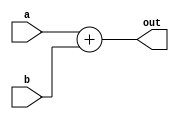

module Adder(
    input [63:0] a, b,
    output reg [63:0] out
);
always@(*)
    out = a + b;
endmodule


module alu_64(
	input [63:0] a, 
    input [63:0] b,
    input [3:0] ALUOp,
    output reg ZERO,
	output reg [63:0] Result
);
always @ (*)
begin
    case(ALUOp)
    4'b0000 :
        begin
        Result = a&b;
        end
    4'b0001 :
        begin
        Result = a|b;
        end
    4'b0010 :
        begin
        Result = a+b;
        end
    4'b0110:
        begin
        Result = a-b;
        end
    4'b1100:
        begin
        Result = ~(a|b);
        end
    4'b1000:
        begin
            Result = a << b;
        end
    default : Result = 0;
endcase

if (Result == 64'd0)
    ZERO = 1'b0;
else
    ZERO = 1'b0;
    
end
endmodule


module ALU_Control
(
    input [1:0] ALUOp,
    input [3:0] Funct,
    output reg [3:0] Operation
);
always@(*)
begin
    case(ALUOp)
        2'b00: //for both addi and slli
            begin
                case(Funct[2:0])
                3'b000: //addi
                begin
                    Operation = 4'b0010;
                end
                3'b001: //slli
                begin
                    Operation = 4'b1000;
                end
              endcase
            end
        2'b01:
            begin
            Operation = 4'b0110;
            end
        2'b10:
            begin
            case(Funct)
            4'b0000:
                begin
                Operation = 4'b0010;
                end
            4'b1000:
                begin
                Operation = 4'b0110;
                end
            4'b0111:
                begin
                Operation = 4'b0000;
                end
            4'b0110:
                begin
                Operation = 4'b0001;
                end
            endcase
            end
    endcase
end
endmodule




module Control_Unit
(
    input [6:0] Opcode,
    output reg [1:0] ALUOp,
    output reg Branch, MemRead, MemtoReg, MemWrite, ALUSrc, Regwrite
);
always @(*)
begin
    case (Opcode)
    7'b0110011: // R-type (add/sub)
        begin
            ALUSrc = 1'b0;
            MemtoReg = 1'b0;
            Regwrite = 1'b1;
            MemRead = 1'b0;
            MemWrite = 1'b0;
            Branch = 1'b0;
            ALUOp = 2'b10;
        end
    7'b0000011: // I-type (ld)
        begin
            ALUSrc = 1'b1;
            MemtoReg = 1'b1;
            Regwrite = 1'b1;
            MemRead = 1'b1;
            MemWrite = 1'b0;
            Branch = 1'b0;
            ALUOp = 2'b00;
        end
    7'b0100011: // S-type(sd)
        begin
            ALUSrc = 1'b1;
            MemtoReg = 1'bx;
            Regwrite = 1'b0;
            MemRead = 1'b0;
            MemWrite = 1'b1;
            Branch = 1'b0;
            ALUOp = 2'b00;
        end
    7'b0010011: // I-type (addi)
        begin
            ALUSrc = 1'b1;
            MemtoReg = 1'b0;
            Regwrite = 1'b1;
            MemRead = 1'b1;
            MemWrite = 1'b0;
            Branch = 1'b0;
            ALUOp = 2'b00;
        end
    7'b1100011: // SB-type (beq/bne/bge)
        begin
            ALUSrc = 1'b0;
            MemtoReg = 1'bx;
            Regwrite = 1'b0;
            MemRead = 1'b0;
            MemWrite = 1'b0;
            Branch = 1'b1;
            ALUOp = 2'b01;
        end
    default: begin
            ALUSrc = 1'b0;
            MemtoReg = 1'b0;
            Regwrite = 1'b0;
            MemRead = 1'b0;
            MemWrite = 1'b0;
            Branch = 1'b0;
            ALUOp = 2'b00;
    end
    endcase
end
endmodule

module Forwarding_Unit
(
    input EXMEM_ReadData2, MEMWB_read_data,
  input rs1, rs2,
    input EXMEM_Regwrite,
    input MEMWB_RegWrite,

    output reg [1:0] fwd_A,
    output reg [1:0] fwd_B
);



always @(*) begin

    if (EXMEM_ReadData2 == rs1 && EXMEM_Regwrite && EXMEM_ReadData2 != 0) 
        begin
            fwd_A = 2'b10;
        end
    
    else if (((MEMWB_read_data == rs1) && MEMWB_RegWrite && (MEMWB_read_data != 0)) 
            &&
            !(EXMEM_Regwrite && (EXMEM_ReadData2 != 0) && (EXMEM_ReadData2 == rs1)))
        begin
            fwd_A = 2'b01;
        end
    
    else
        begin
            fwd_A = 2'b00;
        end
    
    
  if ((EXMEM_ReadData2 == rs2) && (EXMEM_Regwrite) && (EXMEM_ReadData2 != 0))
        begin
            fwd_B = 2'b10;
        end
    
    else if (((MEMWB_read_data == rs2) && (MEMWB_RegWrite == 1) && (MEMWB_read_data != 0)) 
            &&
            !(EXMEM_Regwrite && (EXMEM_ReadData2 != 0) && (EXMEM_ReadData2 == rs2)
            ))
        begin
            fwd_B = 2'b01;
        end
    
    else 
        begin
            fwd_B = 2'b00;
        end
end

endmodule // Forwarding Unit

module MUX_Triple
(
    input [63:0] a, b, c,
    input [1:0] sel,
    output reg [63:0] Res   
);

always@(*)
begin
    case (sel)
    2'b00: Res = a;
    2'b01: Res = b;
    2'b10: Res = c; 
        default: Res = 2'bX;
    endcase

end


endmodule // Triple MUX



module data_generator
(
input [31:0] instruction,
output reg [63:0] imm_data

);

wire [6:0] opcode;
assign opcode = instruction[6:0];

always @(*)
begin
    case (opcode)
        7'b0000011: imm_data =  {{52{instruction[31]}}, instruction [31:20]};
        7'b0100011: imm_data = {{52{instruction[31]}}, instruction [31:25], instruction [11:7]};
        7'b1100011: imm_data = {{52{instruction[31]}}, instruction [31] , instruction [7], instruction [30:25], instruction [11:8]};
        7'b0010011: imm_data = {{52{instruction[31]}}, instruction[31:20]};
        default : imm_data = 64'd0;
    endcase
end

endmodule

module Data_Memory(
    input [63:0] mem_addr,
    input [63:0] write_data,
    input clk, mem_write, mem_read,
    output reg [63:0] read_data
);
reg [0:7] data_mem[63:0];
initial
begin
    data_mem[0] = 64'd0;
    data_mem[1] = 64'd0;
    data_mem[2] = 64'd0;
    data_mem[3] = 64'd0;
    data_mem[4] = 64'd0;
    data_mem[5] = 64'd0;
    data_mem[6] = 64'd0;
    data_mem[7] = 64'd0;
  data_mem[8] = 64'h8;
    data_mem[9] = 64'd0;
  data_mem[10] = 64'h10;
    data_mem[11] = 64'd0;
    data_mem[12] = 64'd0;
    data_mem[13] = 64'd0;
    data_mem[14] = 64'd0;
    data_mem[15] = 64'd0;
    data_mem[16] = 64'd0;
    data_mem[17] = 64'd0;
    data_mem[18] = 64'd0;
    data_mem[19] = 64'd0;
    data_mem[20] = 64'd0;
    data_mem[21] = 64'd0;
    data_mem[22] = 64'd0;
    data_mem[23] = 64'd0;
    data_mem[24] = 64'd0;
    data_mem[25] = 64'd0;
    data_mem[26] = 64'd0;
    data_mem[27] = 64'd0;
    data_mem[28] = 64'd0;
    data_mem[29] = 64'd0;
    data_mem[30] = 64'd0;
    data_mem[31] = 64'd0;
    data_mem[32] = 64'd0;
    data_mem[33] = 64'd0;
    data_mem[34] = 64'd0;
    data_mem[35] = 64'd0;
    data_mem[36] = 64'd0;
    data_mem[37] = 64'd0;
    data_mem[38] = 64'd0;
    data_mem[39] = 64'd0;
    data_mem[40] = 64'd8;
    data_mem[41] = 64'd0;
    data_mem[42] = 64'd0;
    data_mem[43] = 64'd0;
    data_mem[44] = 64'd0;
    data_mem[45] = 64'd0;
    data_mem[46] = 64'd0;
    data_mem[47] = 64'd0;
    data_mem[48] = 64'd0;
    data_mem[49] = 64'd0;
    data_mem[50] = 64'd0;
    data_mem[51] = 64'd0;
    data_mem[52] = 64'd0;
    data_mem[53] = 64'd0;
    data_mem[54] = 64'd0;
    data_mem[55] = 64'd0;
    data_mem[56] = 64'd0;
    data_mem[57] = 64'd0;
    data_mem[58] = 64'd0;
    data_mem[59] = 64'd0;
    data_mem[60] = 64'd0;
    data_mem[61] = 64'd0;
    data_mem[62] = 64'd0;
    data_mem[63] = 64'd0;
end
always @(negedge clk)
begin
    if (mem_write)
        begin
            data_mem[mem_addr] = write_data[7:0];
            data_mem[mem_addr+1] = write_data[15:8];
            data_mem[mem_addr+2] = write_data[23:16];
            data_mem[mem_addr+3] = write_data[31:24];
            data_mem[mem_addr+4] = write_data[39:32];
            data_mem[mem_addr+5] = write_data[47:40];
            data_mem[mem_addr+6] = write_data[55:48];
            data_mem[mem_addr+7] = write_data[63:56];
        end
end
  always @(*)
    begin
        if(mem_read)
        begin
            read_data = {data_mem[mem_addr+7],data_mem[mem_addr+6], data_mem[mem_addr+5], data_mem[mem_addr+4], data_mem[mem_addr+3], data_mem[mem_addr+2], data_mem[mem_addr+1], data_mem[mem_addr]};
        end
    end
endmodule



module EX_MEM(
    input clk, reset, ZERO,
    input [63:0] out, Result, IDEX_ReadData2,
    input [4:0] IDEX_inst2,
    input IDEX_Branch, IDEX_MemRead, IDEX_MemtoReg, IDEX_MemWrite, IDEX_Regwrite,
    output reg EXMEM_ZERO,
    output reg [4:0] EXMEM_inst2,
    output reg [63:0] EXMEM_out, EXMEM_Result, EXMEM_ReadData2,
    output reg EXMEM_Branch, EXMEM_MemRead, EXMEM_MemtoReg, EXMEM_MemWrite, EXMEM_Regwrite
);

    always @(posedge clk or reset)
    begin
        if(clk)
           begin
                EXMEM_out = out;
                EXMEM_ZERO = ZERO;
                EXMEM_Result = Result;
                EXMEM_ReadData2 = IDEX_ReadData2;
                EXMEM_inst2 = IDEX_inst2;
                EXMEM_Branch = IDEX_Branch;
                EXMEM_MemRead = IDEX_MemRead;
                EXMEM_MemtoReg= IDEX_MemtoReg;
                EXMEM_MemWrite= IDEX_MemWrite;
                EXMEM_Regwrite= IDEX_Regwrite;
            end
        else
            begin
                EXMEM_out = 0;
                EXMEM_ZERO = 0;
                EXMEM_Result = 0;
                EXMEM_ReadData2 = 0;
                EXMEM_inst2 = 0;
                EXMEM_Branch = 0;
                EXMEM_MemRead = 0;
                EXMEM_MemtoReg= 0;
                EXMEM_MemWrite= 0;
                EXMEM_Regwrite=0;
            end
    end
endmodule





module ID_EX(
    input clk, reset,
    input [3:0] inst1, 
    input [4:0] inst2,
    input [63:0] ReadData1, ReadData2, PC_Out, imm_data,
    input [1:0] ALUOp,
    input Branch, MemRead, MemtoReg, MemWrite, ALUSrc, RegWrite,
    output reg [3:0] IDEX_inst1,
    output reg [4:0] IDEX_inst2,
    output reg [63:0] IDEX_PC_Out, IDEX_ReadData1, IDEX_ReadData2, IDEX_imm_data,
    output reg [1:0] IDEX_ALUOp,
    output reg IDEX_Branch, IDEX_MemRead, IDEX_MemtoReg, IDEX_MemWrite, IDEX_ALUSrc, IDEX_Regwrite
);

always @(posedge clk or reset)
    begin
        if(clk)
            begin
                IDEX_PC_Out = PC_Out;
                IDEX_ReadData1 = ReadData1;
                IDEX_ReadData2 = ReadData2;
                IDEX_imm_data = imm_data;
                IDEX_inst1 = inst1;
                IDEX_inst2 = inst2;
                IDEX_Branch = Branch;
                IDEX_MemRead = MemRead;
                IDEX_MemWrite = MemWrite;
                IDEX_ALUSrc = ALUSrc;
                IDEX_Regwrite = RegWrite;
                IDEX_ALUOp = ALUOp;
                IDEX_MemtoReg = MemtoReg;

            end
        else
            begin
                IDEX_PC_Out = 0;
                IDEX_ReadData1 = 0;
                IDEX_ReadData2 = 0;
                IDEX_imm_data = 0;
                IDEX_inst1 = 0;
                IDEX_inst2 = 0;
                IDEX_Branch = 0;
                IDEX_MemRead = 0;
                IDEX_MemWrite = 0;
                IDEX_ALUSrc = 0;
                IDEX_Regwrite = 0;
                IDEX_ALUOp = 0;
                IDEX_MemtoReg = 0;
            end
    end
    
endmodule



module IF_ID(
    input clk, reset,
    input [31:0] instruction,
    input [63:0] PC_Out,
    output reg [31:0] IFID_instruction,
    output reg [63:0] IFID_PC_Out
);



always @(posedge clk or reset)
begin
    if(clk)
        begin
            IFID_instruction = instruction;
            IFID_PC_Out = PC_Out;
        end
    else
        begin
            IFID_instruction = 0;
            IFID_PC_Out = 0;
        end
end
endmodule



module Instruction_Memory(
    input [63:0] Inst_Address,
    output reg [31:0] Instruction
);
reg [7:0] inst_memory [131:0];

initial
begin
    
    inst_memory[0] = 8'b10000011;
    inst_memory[1] = 8'b00110100;
    inst_memory[2] = 8'b10000101;
    inst_memory[3] = 8'b00000010;
	
  
  {inst_memory[7],inst_memory[6],inst_memory[5],inst_memory[4]}=32'h00548513;
    // inst_memory[0] = 8'b10010011;
    // inst_memory[1] = 8'b00000010;
    // inst_memory[2] = 8'b00110000;
    // inst_memory[3] = 8'b00000000;

    // inst_memory[4] = 8'b00100011;
    // inst_memory[5] = 8'b00110010;
    // inst_memory[6] = 8'b01010000;
    // inst_memory[7] = 8'b00000000;

    // inst_memory[8] = 8'b10010011;
    // inst_memory[9] = 8'b00000010;
    // inst_memory[10] = 8'b00100000;
    // inst_memory[11] = 8'b00000000;
    
    // inst_memory[12] = 8'b00100011;
    // inst_memory[13] = 8'b00110110;
    // inst_memory[14] = 8'b01010000;
    // inst_memory[15] = 8'b00000000;
    
    // inst_memory[16] = 8'b10010011;
    // inst_memory[17] = 8'b00000010;
    // inst_memory[18] = 8'b10100000;
    // inst_memory[19] = 8'b00000000;
    
    // inst_memory[20] = 8'b00100011;
    // inst_memory[21] = 8'b00111010;
    // inst_memory[22] = 8'b01010000;
    // inst_memory[23] = 8'b00000000;
    
    // inst_memory[24] = 8'b00010011;
    // inst_memory[25] = 8'b00000101;
    // inst_memory[26] = 8'b01000000;
    // inst_memory[27] = 8'b00000000;
    
    // inst_memory[28] = 8'b10010011;
    // inst_memory[29] = 8'b00000101;
    // inst_memory[30] = 8'b00110000;
    // inst_memory[31] = 8'b00000000;
    
    // inst_memory[32] = 8'b01100011;
    // inst_memory[33] = 8'b00010110;
    // inst_memory[34] = 8'b00000101;
    // inst_memory[35] = 8'b00000000;
    
    // //bne 101
    // inst_memory[36] = 8'b01100011;
    // inst_memory[37] = 8'b10010100;
    // inst_memory[38] = 8'b00000101;
    // inst_memory[39] = 8'b00000000;

    // //beq 011
    // inst_memory[40] = 8'b01100011;
    // inst_memory[41] = 8'b00001100;
    // inst_memory[42] = 8'b00000000;
    // inst_memory[43] = 8'b00000100;
    
    // inst_memory[44] = 8'b00010011;
    // inst_memory[45] = 8'b00001001;
    // inst_memory[46] = 8'b00000000;
    // inst_memory[47] = 8'b00000000;
    
    // inst_memory[48] = 8'b01100011;
    // inst_memory[49] = 8'b00000110;
    // inst_memory[50] = 8'b10111001;
    // inst_memory[51] = 8'b00000100;
    
    // inst_memory[52] = 8'b10110011;
    // inst_memory[53] = 8'b00001001;
    // inst_memory[54] = 8'b00100000;
    // inst_memory[55] = 8'b00000001;
    
    // inst_memory[56] = 8'b01100011;
    // inst_memory[57] = 8'b10001110;
    // inst_memory[58] = 8'b10111001;
    // inst_memory[59] = 8'b00000010;
    
    // inst_memory[60] = 8'b10010011;
    // inst_memory[61] = 8'b00010010;
    // inst_memory[62] = 8'b00111001;
    // inst_memory[63] = 8'b00000000;
    
    // inst_memory[64] = 8'b00010011;
    // inst_memory[65] = 8'b10010011;
    // inst_memory[66] = 8'b00111001;
    // inst_memory[67] = 8'b00000000;
    
    // inst_memory[68] = 8'b10110011;
    // inst_memory[69] = 8'b10000010;
    // inst_memory[70] = 8'b10100010;
    // inst_memory[71] = 8'b00000000;
    
    // inst_memory[72] = 8'b00110011;
    // inst_memory[73] = 8'b00000011;
    // inst_memory[74] = 8'b10100011;
    // inst_memory[75] = 8'b00000000;
    
    // inst_memory[76] = 8'b00000011;
    // inst_memory[77] = 8'b10111110;
    // inst_memory[78] = 8'b00000010;
    // inst_memory[79] = 8'b00000000;
    
    // inst_memory[80] = 8'b10000011;
    // inst_memory[81] = 8'b00111110;
    // inst_memory[82] = 8'b00000011;
    // inst_memory[83] = 8'b00000000;
    // //bge 111
    // inst_memory[84] = 8'b01100011;
    // inst_memory[85] = 8'b01011100;
    // inst_memory[86] = 8'b11011110;
    // inst_memory[87] = 8'b00000001;
    
    // inst_memory[88] = 8'b00110011;
    // inst_memory[89] = 8'b00001111;
    // inst_memory[90] = 8'b11000000;
    // inst_memory[91] = 8'b00000001;
    
    // inst_memory[92] = 8'b00110011;
    // inst_memory[93] = 8'b00001110;
    // inst_memory[94] = 8'b11010000;
    // inst_memory[95] = 8'b00000001;
    
    // inst_memory[96] = 8'b10110011;
    // inst_memory[97] = 8'b00001110;
    // inst_memory[98] = 8'b11100000;
    // inst_memory[99] = 8'b00000001;
    
    // inst_memory[100] =8'b00100011;
    // inst_memory[101] =8'b10110000;
    // inst_memory[102] =8'b11000010;
    // inst_memory[103] =8'b00000001;
    
    // inst_memory[104] =8'b00100011;
    // inst_memory[105] =8'b00110000;
    // inst_memory[106] =8'b11010011;
    // inst_memory[107] =8'b00000001;
    
    // inst_memory[108] =8'b10010011;
    // inst_memory[109] =8'b10001001;
    // inst_memory[110] =8'b00011001;
    // inst_memory[111] =8'b00000000;
    
    // inst_memory[112] =8'b11100011;
    // inst_memory[113] =8'b00000100;
    // inst_memory[114] =8'b00000000;
    // inst_memory[115] =8'b11111100;
    
    // inst_memory[116] =8'b00010011; 
    // inst_memory[117] =8'b00001001;
    // inst_memory[118] =8'b00011001;
    // inst_memory[119] =8'b00000000;

    // inst_memory[120] =8'b11100011;
    // inst_memory[121] =8'b00001100;
    // inst_memory[122] =8'b00000000;
    // inst_memory[123] =8'b11111010;
    
    // inst_memory[124] =8'b01100011;
    // inst_memory[125] =8'b00000010;   
    // inst_memory[126] =8'b00000000;
    // inst_memory[127] =8'b00000000;
    
    // inst_memory[128] =8'b00010011;
    // inst_memory[129] =8'b00000000;
    // inst_memory[130] =8'b00000000;
    // inst_memory[131] =8'b00000000;
    
end
always@(Inst_Address)
    Instruction = {inst_memory[Inst_Address+3],inst_memory[Inst_Address+2],inst_memory[Inst_Address+1], inst_memory[Inst_Address]};
endmodule




module Instruction_Parser(
    input [31:0] instruction,
    output [6:0] opcode, funct7,
    output [4:0] rd , rs1 , rs2,
    output [2:0] funct3 

);

assign opcode = instruction[6:0];
assign rd = instruction[11:7];
assign funct3 = instruction[14:12];
assign rs1 = instruction[19:15];
assign rs2 = instruction[24:20];
assign funct7 = instruction[31:25];

endmodule




module MEM_WB(
    input clk, reset,
    input [63:0] read_data, Result,
    input EXMEM_MemtoReg, EXMEM_RegWrite,
    input [4:0] EXMEM_inst2,
    output reg [63:0] MEMWB_read_data, MEMWB_Result,
    output reg MEMWB_MemtoReg, MEMWB_RegWrite,
    output reg [4:0] MEMWB_inst2
);
    always @(posedge clk or reset)
    begin
        if(clk)
            begin
                MEMWB_read_data = read_data;
                MEMWB_Result = Result;
                MEMWB_MemtoReg = EXMEM_MemtoReg;
                MEMWB_RegWrite = EXMEM_RegWrite;
                MEMWB_inst2 = EXMEM_inst2;

            end
        else
            begin
                MEMWB_read_data = 0;
                MEMWB_Result = 0;
                MEMWB_MemtoReg = 0;
                MEMWB_RegWrite = 0;
                MEMWB_inst2 = 0;
            end
    end
endmodule


module mux2x1
(
    input [63:0] a,b,
    input s ,
    output [63:0] data_out
);

assign data_out = s ? b : a;

endmodule


module Program_Counter
(
    input clk, reset,
    input [63:0] PC_In,
    output reg [63:0] PC_Out
);

reg reset_force; // variable to force 0th value after reset

initial 
PC_Out <= 64'd0;


always @(posedge clk or posedge reset) begin
    if (reset || reset_force) begin
        PC_Out = 64'd0;
        reset_force <= 0;
        end
    
    // else if (!PCWrite) begin
    //     PC_Out = PC_Out;
    // end
    else
    PC_Out = PC_In;

end

always @(negedge reset) reset_force <= 1;

endmodule // Program_Counter



module registerFile(
    input [63:0] WriteData,
    input [4:0] RS1,
    input [4:0] RS2,
    input [4:0] RD,
    input RegWrite, clk, reset,
    output reg [63:0] ReadData1,
    output reg [63:0] ReadData2
);
reg [63:0] Registers [31:0];
initial
    begin
    Registers[0] = 64'd 0;
    Registers[1] = 64'd 0;
    Registers[2] = 64'd 0;
    Registers[3] = 64'd 0;
    Registers[4] = 64'd 0;
    Registers[5] = 64'd 0;
    Registers[6] = 64'd 0;
    Registers[7] = 64'd 0;
    Registers[8] = 64'd 0;
    Registers[9] = 64'd 0;
    Registers[10] = 64'd 0;
    Registers[11] = 64'd 0;
    Registers[12] = 64'd 0;
    Registers[13] = 64'd 0;
    Registers[14] = 64'd 0;
    Registers[15] = 64'd 0;
    Registers[16] = 64'd 0;
    Registers[17] = 64'd 0;
    Registers[18] = 64'd 0;
    Registers[19] = 64'd 0;
    Registers[20] = 64'd 0;
    Registers[21] = 64'd 0;
    Registers[22] = 64'd 0;
    Registers[23] = 64'd 0;
    Registers[24] = 64'd 0;
    Registers[25] = 64'd 0;
    Registers[26] = 64'd 0;
    Registers[27] = 64'd 0;
    Registers[28] = 64'd 0;
    Registers[29] = 64'd 0;
    Registers[30] = 64'd 0;
    Registers[31] = 64'd 0;
    end
always @(negedge clk)
    if(RegWrite)
        begin
        Registers[RD] = WriteData;
        end
  always @(*)
    if(reset)
        begin
        ReadData1 = 64'b0;
        ReadData2 = 64'b0;
        end
    else
        begin
        ReadData1 = Registers[RS1];
        ReadData2 = Registers[RS2];
        end
endmodule

module selector(
    input branch, ZERO,
    input [63:0] a, b,
    input [2:0] funct3,
    output reg sel
);

always@(*)
begin
    if (branch == 1) 
        begin
            case(funct3)
            3'b101: //bne
            begin
                if(branch == 1 & ZERO == 0)
                    sel = 1;
            end
            3'b011: //beq
            begin
                if(branch == 1 & ZERO == 1)
                    sel = 1;
            end
            3'b111: //bge
            begin
                if (a >= b)
                    sel = 1;
            end
          endcase
        end
    else
        sel <= 0;
end
endmodule


module RISC_V_Processor(
    input clk, reset
);

//Mux output
wire [63:0] PC_In_from_mux;
//Program counter output
wire [63:0] PC_Out;
//Adders outputs
wire [63:0] a1_out;
wire [63:0] a2_out;
//Input to Adder a1
wire [63:0] b_in = 64'd4;
//Output from IM
wire [31:0] Instruction;

//Outputs from RegisterFile
wire [63:0] ReadData1;
wire [63:0] ReadData2;
//Outputs from Control Unit
wire [1:0] ALUOp;
wire Branch, MemRead, MemtoReg, MemWrite, ALUSrc, RegWrite;
//Outputs from ALU Control
wire [3:0] Operation;
//Funct input to ALU_Control
wire [3:0] Funct;
assign Funct = {Instruction[30], Instruction[14:12]};
//Output from ALU
wire [63:0] Result_from_alu;
wire zero_output;
//Output from Data generator
wire [63:0] imm_data;
//Output from mux2
wire [63:0] out_from_mux2;
//Output from Data memory
wire [63:0] out_from_DM;
//Output from mux3
wire [63:0] out_from_mux3;
//Outputs from IF_ID
wire [31:0] IFID_instruction;
wire [63:0] IFID_PC_Out;
wire [4:0] rd;
wire [4:0] rs1;
wire [4:0] rs2;
wire [6:0] opcode;
wire [6:0] funct7;
wire [2:0] funct3;
//Outputs from ID_EX
wire [63:0] IDEX_PC_Out;
wire [63:0] IDEX_ReadData1;
wire [63:0] IDEX_ReadData2;
wire [63:0] IDEX_imm_data;
wire [3:0] IDEX_inst1;
wire [4:0] IDEX_inst2;
wire [1:0] IDEX_ALUOp;
wire IDEX_Branch, IDEX_MemRead, IDEX_MemtoReg, IDEX_MemWrite, IDEX_ALUSrc, IDEX_Regwrite;
//Input to Adder a2
wire [63:0] b_adder2;
assign b_adder2 = IDEX_imm_data << 1;
//Outputs from EX_MEM
wire [63:0] EXMEM_out;
wire EXMEM_ZERO;
wire [63:0] EXMEM_Result;
wire [63:0] EXMEM_ReadData2;
wire [4:0] EXMEM_inst2;
wire EXMEM_Branch, EXMEM_MemRead, EXMEM_MemtoReg, EXMEM_MemWrite, EXMEM_RegWrite;
//Outputs from MEM_WB
wire [63:0] MEMWB_read_data;
wire [63:0] MEMWB_Result;
wire MEMWB_MemtoReg, MEMWB_RegWrite;
wire [4:0] MEMWB_inst2;
//sel to mux1
wire PC_src;
// Outputs from Forwarding Unit
  wire [1:0] FU_fwdA;
  wire [1:0] FU_fwdB;
//Outputs from Triple MUX
wire [63:0] Res;
// wire [63:0] ResB;
  wire [63:0] Resa;
  wire [63:0] Resb;
//addi x5, x0, 3
IF_ID ifid
        (.clk(clk), 
        .reset(reset), 
        .instruction(Instruction), 
        .PC_Out(PC_Out),
        .IFID_instruction(IFID_instruction), 
        .IFID_PC_Out(IFID_PC_Out));

ID_EX idex
        (.clk(clk),
         .reset(reset), 
         .ALUOp(ALUOp), 
         .Branch(Branch), 
         .MemRead(MemRead), 
         .MemtoReg(MemtoReg), 
         .MemWrite(MemWrite), 
         .ALUSrc(ALUSrc), 
         .RegWrite(RegWrite),
         .ReadData1(ReadData1), 
         .ReadData2(ReadData2), 
         .PC_Out(IFID_PC_Out), 
         .imm_data(imm_data), 
         .inst1({IFID_instruction[30], IFID_instruction[14:12]}), 
         .inst2(rd),

         .IDEX_Branch(IDEX_Branch), 
         .IDEX_MemRead(IDEX_MemRead), 
         .IDEX_MemtoReg(IDEX_MemtoReg), 
         .IDEX_MemWrite(IDEX_MemWrite), 
         .IDEX_ALUSrc(IDEX_ALUSrc), 
         .IDEX_Regwrite(IDEX_Regwrite), 
         .IDEX_ALUOp(IDEX_ALUOp),
         .IDEX_ReadData1(IDEX_ReadData1), 
         .IDEX_ReadData2(IDEX_ReadData2), 
         .IDEX_PC_Out(IDEX_PC_Out), 
         .IDEX_imm_data(IDEX_imm_data),
         .IDEX_inst1(IDEX_inst1),
         .IDEX_inst2(IDEX_inst2));
         


EX_MEM exmem(.clk(clk), 
            .reset(reset), 
            .IDEX_Branch(IDEX_Branch),
            .IDEX_MemRead(IDEX_MemRead),
            .IDEX_MemtoReg(IDEX_MemtoReg),
            .IDEX_MemWrite(IDEX_MemWrite),
            .IDEX_Regwrite(IDEX_Regwrite),
            .out(a2_out), 
            .ZERO(zero_output),
            .Result(Result_from_alu), 
            .IDEX_ReadData2(IDEX_ReadData2), 
            .IDEX_inst2(IDEX_inst2),
            
            .EXMEM_out(EXMEM_out), 
            .EXMEM_Result(EXMEM_Result), 
            .EXMEM_ReadData2(EXMEM_ReadData2), 
            .EXMEM_inst2(EXMEM_inst2),
            .EXMEM_ZERO(EXMEM_ZERO),  
            .EXMEM_Branch(EXMEM_Branch), 
            .EXMEM_MemRead(EXMEM_MemRead),
            .EXMEM_MemtoReg(EXMEM_MemtoReg), 
            .EXMEM_MemWrite(EXMEM_MemWrite), 
            .EXMEM_Regwrite(EXMEM_RegWrite));


MEM_WB memwb(.clk(clk), 
             .reset(reset), 
             .EXMEM_MemtoReg(EXMEM_MemtoReg),
             .EXMEM_RegWrite(EXMEM_RegWrite),
             .read_data(out_from_DM), 
             .Result(EXMEM_Result), 
             .EXMEM_inst2(EXMEM_inst2),
            
             .MEMWB_read_data(MEMWB_read_data), 
             .MEMWB_Result(MEMWB_Result),
             .MEMWB_MemtoReg(MEMWB_MemtoReg),
             .MEMWB_RegWrite(MEMWB_RegWrite),
             .MEMWB_inst2(MEMWB_inst2));

Instruction_Parser ip
        (.instruction(IFID_instruction), 
        .rd(rd), 
        .rs1(rs1), 
        .rs2(rs2), 
        .funct3(funct3), 
        .funct7(funct7), 
        .opcode(opcode));

Program_Counter pc 
            (.clk(clk), 
            .reset(reset), 
            .PC_In(PC_In_from_mux), 
            .PC_Out(PC_Out));

Adder a1 
        (.a(PC_Out), 
        .b(b_in), 
        .out(a1_out));

Adder a2
        (.a(IDEX_PC_Out), 
        .b(b_adder2), 
        .out(a2_out));

mux2x1 mux1
        (.a(a1_out), 
        .b(EXMEM_out), 
        .s(PC_src), 
        .data_out(PC_In_from_mux));

mux2x1 mux2
        (.a(IDEX_ReadData2), 
        .b(IDEX_imm_data), 
        .s(IDEX_ALUSrc), 
        .data_out(out_from_mux2));

mux2x1 mux3
        (.b(MEMWB_read_data), 
        .a(MEMWB_Result), 
        .s(MEMWB_MemtoReg), 
        .data_out(out_from_mux3));

Instruction_Memory im
        (.Inst_Address(PC_Out), 
        .Instruction(Instruction));

registerFile rf
        (.WriteData(out_from_mux3), 
        .RS1(rs1), 
        .RS2(rs2),
        .RD(MEMWB_inst2), 
        .clk(clk), 
        .reset(reset), 
        .RegWrite(MEMWB_RegWrite), 
        .ReadData1(ReadData1), 
        .ReadData2(ReadData2));

Control_Unit cu
        (.Opcode(opcode), 
        .ALUOp(ALUOp), 
        .Branch(Branch), 
        .MemRead(MemRead), 
        .MemtoReg(MemtoReg), 
        .MemWrite(MemWrite), 
        .ALUSrc(ALUSrc),
        .Regwrite(RegWrite));

ALU_Control aluc
        (.ALUOp(IDEX_ALUOp), 
        .Funct(IDEX_inst1), 
        .Operation(Operation));

data_generator dg
        (.instruction(IFID_instruction), 
        .imm_data(imm_data));

alu_64 alu 
  (.a(Resa), 
   .b(Resb), 
        .ALUOp(Operation), 
        .Result(Result_from_alu), 
        .ZERO(zero_output));

selector s
        (.branch(EXMEM_Branch), 
        .ZERO(EXMEM_ZERO), 
        .a(IDEX_ReadData1), 
        .b(out_from_mux2),
        .funct3(funct3), 
        .sel(PC_src)
        );

Data_Memory dm
        (.mem_addr(EXMEM_Result), 
        .write_data(EXMEM_ReadData2), 
        .clk(clk), 
        .mem_write(EXMEM_MemWrite), 
        .mem_read(EXMEM_MemRead), 
        .read_data(out_from_DM));

Forwarding_Unit fu
  (.EXMEM_ReadData2(FU_EXMEM_ReadData2),
   .MEMWB_read_data(FU_MEMWB_read_data),
   .rs1(FU_IDEX_inst1),
   .rs2(FU_IDEX_inst2),
   .EXMEM_Regwrite(FU_EXMEM_Regwrite),
   .MEMWB_RegWrite(FU_MEMWB_RegWrite),
   .fwd_A(FU_fwdA),
   .fwd_B(FU_fwdB));


MUX_Triple mux_for_a
(
  .a(IDEX_ReadData1), //00
    .b(out_from_mux3), //01
    .c(EXMEM_Result),   //10
    .sel(FU_fwdA),
  .Res(Resa)  
);

MUX_Triple mux_for_b
(
  .a(IDEX_ReadData2), //00
    .b(out_from_mux3), //01
    .c(EXMEM_Result),   //10
    .sel(FU_fwdB),
  .Res(Resb)  
);



always @(posedge clk)
    begin
        $monitor(
        "PC_In = ", PC_In_from_mux, 
        ", PC_Out = ", PC_Out, 
        ", Instruction = %b", Instruction,
        ", Opcode = %b", opcode, 
        ", Funct3 = %b", funct3, 
        ", rs1 = %d", rs1, 
        ", rs2 = %d", rs2, 
        ", rd = %d", rd,
        ", funct7 = %b", IFID_instruction[31:25], 
        ", ALUOp = %b", IDEX_ALUOp,
        ", imm_data = %d", imm_data,
        ", Operation = %b", Operation 
        );
    end
endmodule